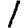
Digit: 1